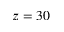
z = 3 0